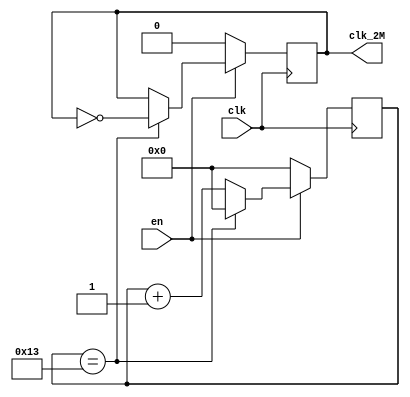
`timescale 1ns / 1ps
//////////////////////////////////////////////////////////////////////////////////
// Company: 
// Engineer: 
// 
// Design Name: 
// Module Name: clock_2M
// Project Name: 
// Target Devices: 
// Tool Versions: 
// Description: 
// 
// Dependencies: 
// 
// Revision:
// Revision 0.01 - File Created
// Additional Comments:
// 
//////////////////////////////////////////////////////////////////////////////////


module clock_2M(clk,
                en,
                clk_2M
    );
input clk;
input en;
output clk_2M;

reg [6:0]count;
reg clk_2M;

always @(posedge clk)
    if(~en)
        count <= 7'b0;
    else if(count == 7'd19)
        count <= 7'd0;
    else
        count <= count + 7'b1;
always @(posedge clk)
    if(~en)
        clk_2M <= 1'b0;
    else if(count == 7'd19)
        clk_2M <= ~clk_2M;


endmodule